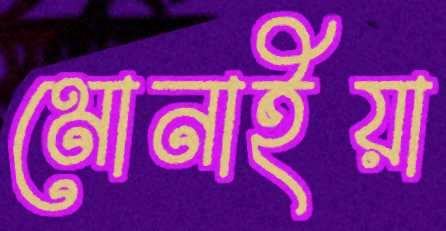
মোনাইয়া